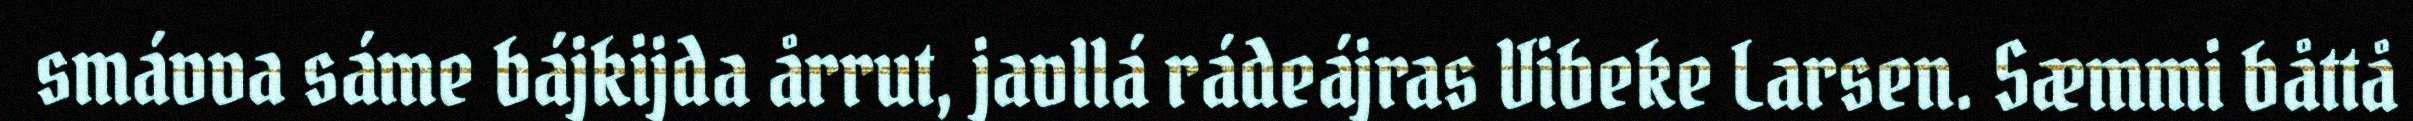
smávva sáme bájkijda årrut, javllá rádeájras Vibeke Larsen. Sæmmi båttå